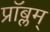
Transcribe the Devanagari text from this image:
प्रॉब्लम्